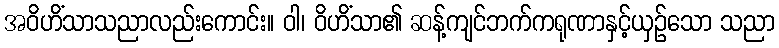
အဝိဟိံသာသညာလည်းကောင်း။ ဝါ၊ ဝိဟိံသာ၏ ဆန့်ကျင်ဘက်ကရုဏာနှင့်ယှဉ်သော သညာ